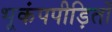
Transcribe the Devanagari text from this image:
भूकंपपीड़ितों